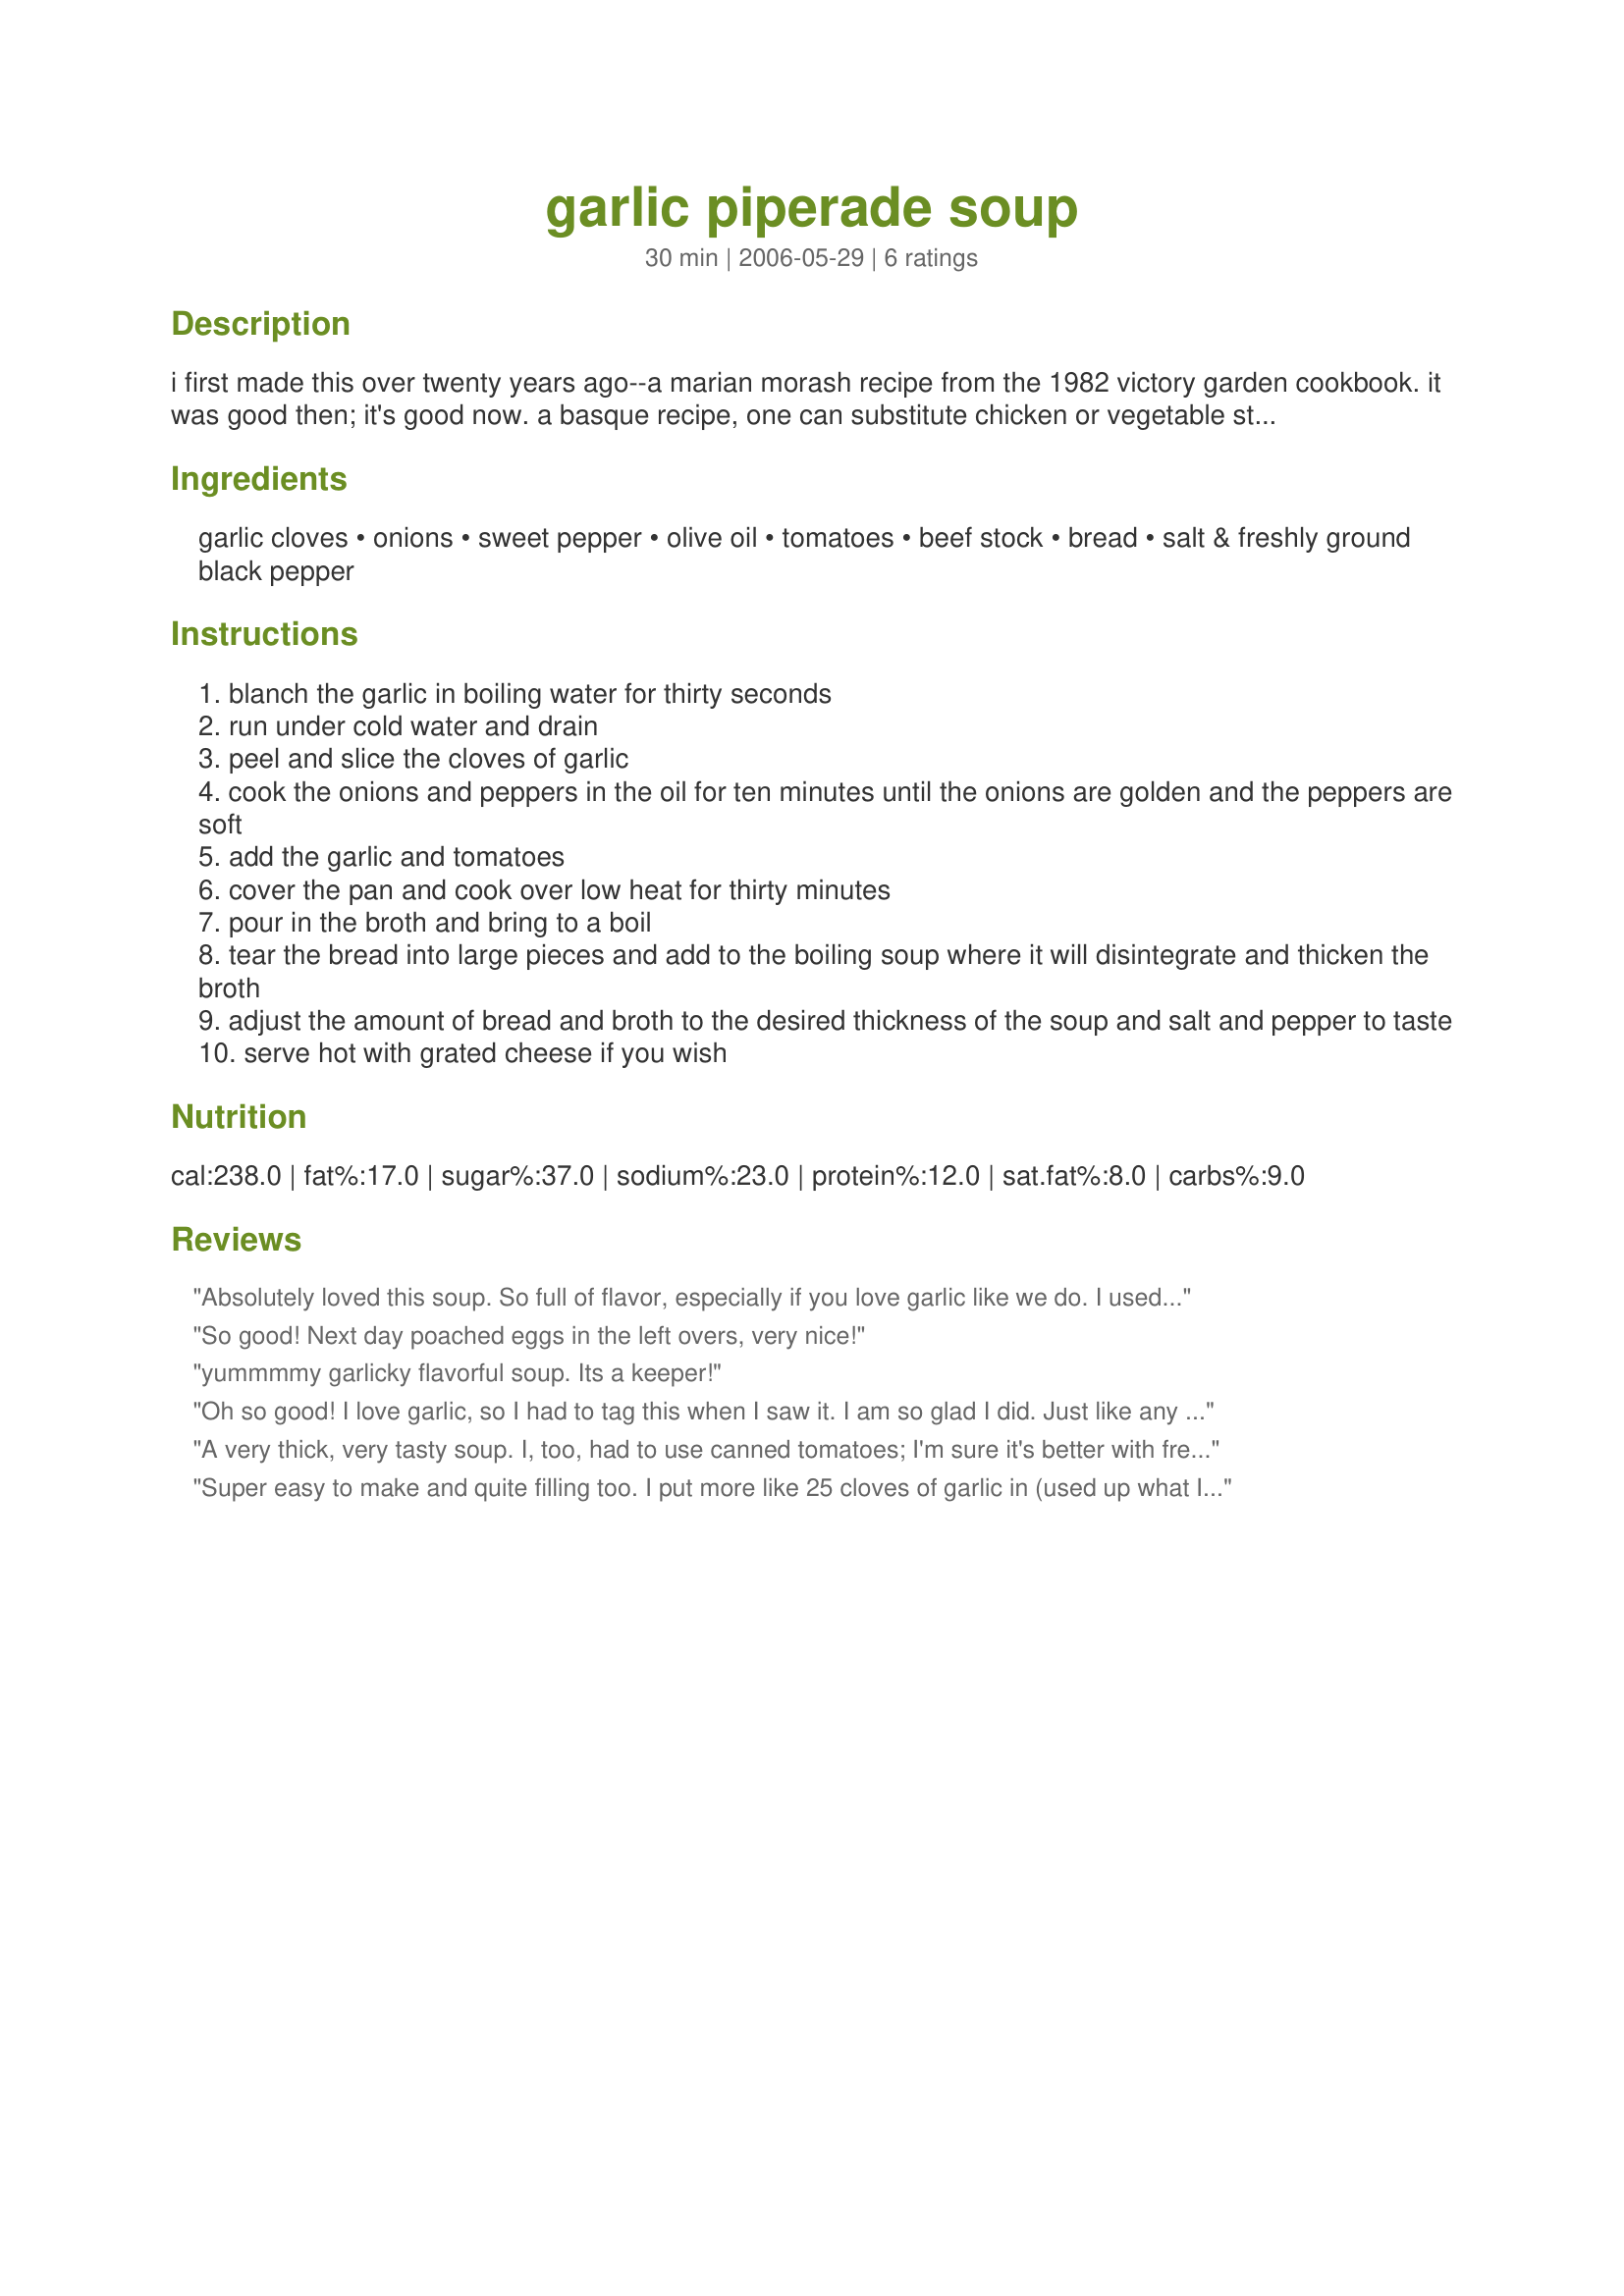
garlic piperade soup
Preparation time: 30 minutes

i first made this over twenty years ago--a marian morash recipe from the 1982 victory garden cookbook. it was good then; it's good now. a basque recipe, one can substitute chicken or vegetable stock for the beef stock.

Ingredients:
garlic cloves, onions, sweet pepper, olive oil, tomatoes, beef stock, bread, salt & freshly ground black pepper

Steps:
blanch the garlic in boiling water for thirty seconds
run under cold water and drain
peel and slice the cloves of garlic
cook the onions and peppers in the oil for ten minutes until the onions are golden and the peppers are soft
add the garlic and tomatoes
cover the pan and cook over low heat for thirty minutes
pour in the broth and bring to a boil
tear the bread into large pieces and add to the boiling soup where it will disintegrate and thicken the broth
adjust the amount of bread and broth to the desired thickness of the soup and salt and pepper to taste
serve hot with grated cheese if you wish

Reviews:
Absolutely loved this soup. So full of flavor, especially if you love garlic like we do. I used a little more of the beef stock but other than that made exactly as directed. Thanks so much Kate. The photos do not do this recipe justice.
So good! Next day poached eggs in the left overs, very nice!
yummmmy garlicky flavorful soup. Its a keeper!
Oh so good! I love garlic, so I had to tag this when I saw it. I am so glad I did. Just like any soup, it was even better the next day. I froze half of it for later too. I used canned tomatoes because they are not quite in season yet around these cold parts of Wisconsin, but I am for sure going to be making this again when they are back in season. I also added a drained can of garbanzo beans, just because I like them. Made and Reviewed for PRMR - Thanks! :)
A very thick, very tasty soup. I, too, had to use canned tomatoes; I'm sure it's better with fresh. The grated cheese adds to it. Next time I will try adding garbanzo beans as Jess4Freedom suggests; that sounds good. Thanks for posting!
Super easy to make and quite filling too. I put more like 25 cloves of garlic in (used up what I had) and a whole red pepper. Decent tomatoes were hard to find when I was at the grocery store, so had to buy canned (bought whole, Marzano tomatoes). I'd like to try this again, but with fresh tomatoes when they're in season. I'd never blanched garlic before, but I love how easy it made it to peel and chop all those cloves! Thanks, Chef Kate!
